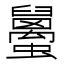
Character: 𧔱